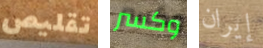
تقليص وكسر إيران